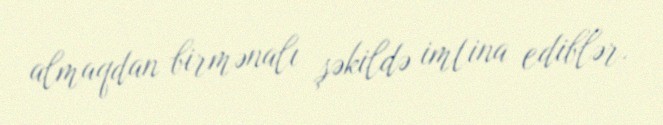
almaqdan birmənalı şəkildə imtina ediblər.